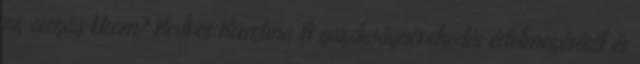
az ország Uram? Kedves Krisztina A gazdaságnövekedés értelmezéséről és